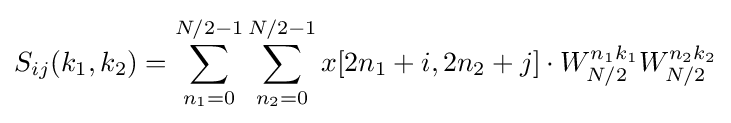
S_{ij}(k_{1},k_{2})=\sum _{n_{1}=0}^{N/2-1}\sum _{n_{2}=0}^{N/2-1}x[2n_{1}+i,2n_{2}+j]\cdot W_{N/2}^{n_{1}k_{1}}W_{N/2}^{n_{2}k_{2}}